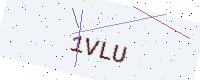
Text: 1VLU